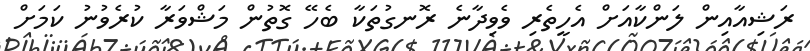
ރަޝިއާއިން ލަންކާއަށް އެހީތެރި ވެވިދާނެ ރޮނގުތަކާ ބެހޭ ގޮތުން މަޝްވަރާ ކުރެވުނު ކަމަށް